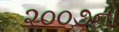
૨૦૦૭નો